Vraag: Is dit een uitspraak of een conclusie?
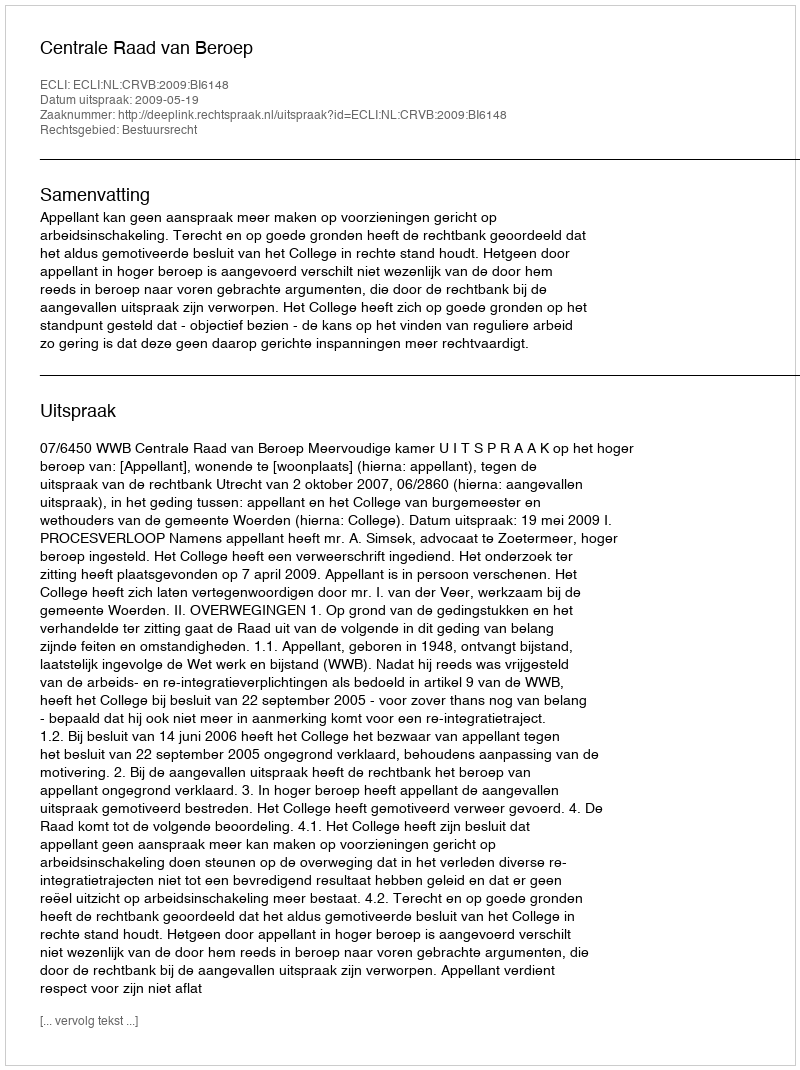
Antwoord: Uitspraak